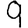
Digit: 9